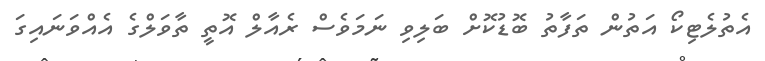
އެތުލެޓިކޯ އަތުން ތަފާތު ބޮޑުކޮށް ބަލިިވި ނަމަވެސް ރެއާލް އޮތީ ތާވަލްގެ އެއްވަނައިގަ